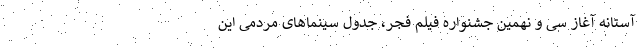
آستانه آغاز سی و نهمین جشنواره فیلم فجر، جدول سینماهای مردمی این